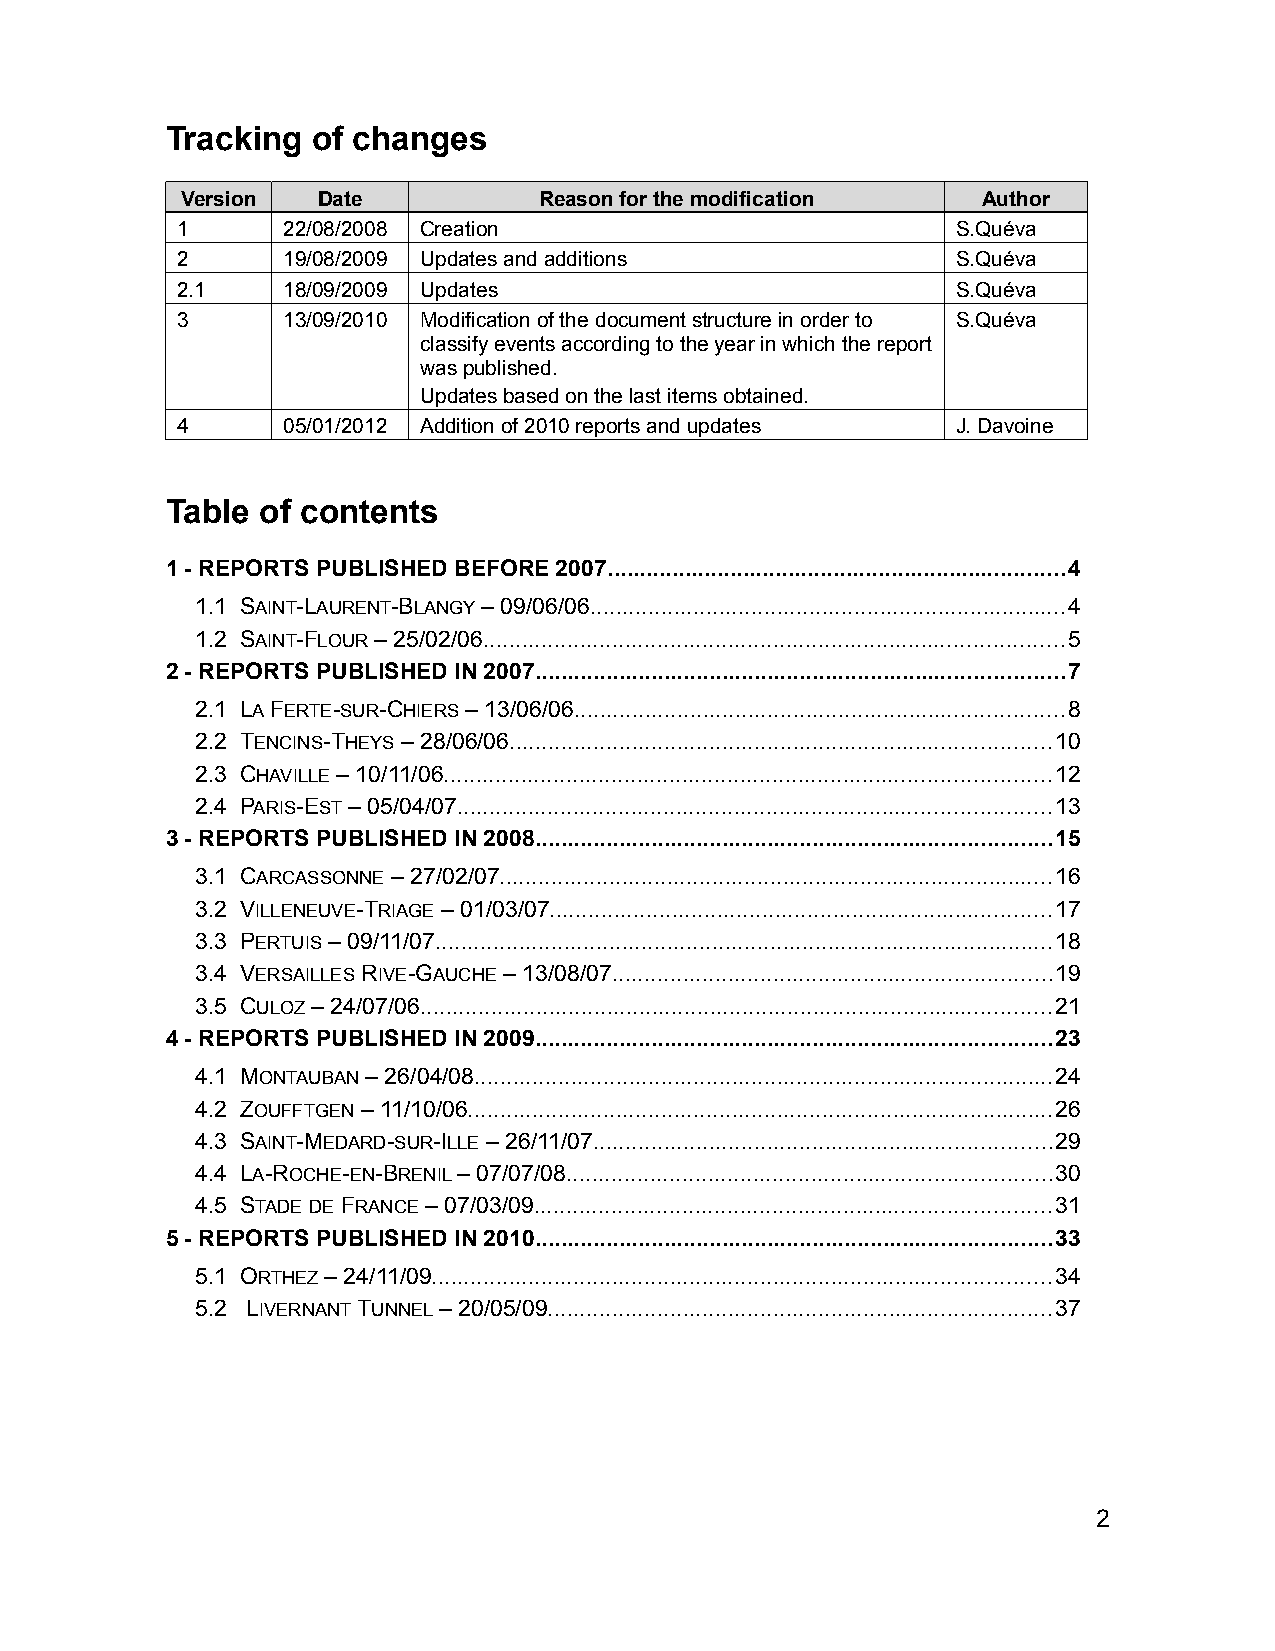
Tracking  of changes
 Version  Date           Reason for the modification  Author
 1      22/08/2008 Creation                         S.Quéva
 2      19/08/2009 Updates and additions            S.Quéva
 2.1    18/09/2009 Updates                          S.Quéva
 3      13/09/2010 Modification of the document structure in order to S.Quéva
 classify events according to the year in which the report
 was published.
 Updates based on the last items obtained.
 4      05/01/2012 Addition of 2010 reports and updates J. Davoine
 Table of contents
 1 - REPORTS PUBLISHED BEFORE 2007.......................................................................4
 1.1 SAINT-LAURENT-BLANGY – 09/06/06..........................................................................4
 1.2 SAINT-FLOUR – 25/02/06..........................................................................................5
 2 - REPORTS PUBLISHED IN 2007..................................................................................7
 2.1 LA FERTE-SUR-CHIERS – 13/06/06............................................................................8
 2.2 TENCINS-THEYS – 28/06/06....................................................................................10
 2.3 CHAVILLE – 10/11/06..............................................................................................12
 2.4 PARIS-EST – 05/04/07............................................................................................13
 3 - REPORTS PUBLISHED IN 2008................................................................................15
 3.1 CARCASSONNE – 27/02/07......................................................................................16
 3.2 VILLENEUVE-TRIAGE – 01/03/07..............................................................................17
 3.3 PERTUIS – 09/11/07................................................................................................18
 3.4 VERSAILLES RIVE-GAUCHE – 13/08/07....................................................................19
 3.5 CULOZ – 24/07/06..................................................................................................21
 4 - REPORTS PUBLISHED IN 2009................................................................................23
 4.1 MONTAUBAN – 26/04/08..........................................................................................24
 4.2 ZOUFFTGEN – 11/10/06...........................................................................................26
 4.3 SAINT-MEDARD-SUR-ILLE – 26/11/07.......................................................................29
 4.4 LA-ROCHE-EN-BRENIL – 07/07/08...........................................................................30
 4.5 STADE DE FRANCE – 07/03/09................................................................................31
 5 - REPORTS PUBLISHED IN 2010................................................................................33
 5.1 ORTHEZ – 24/11/09................................................................................................34
 5.2 LIVERNANT TUNNEL – 20/05/09..............................................................................37
 2